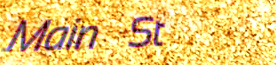
Main St